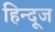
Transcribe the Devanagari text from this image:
हिन्दूज